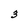
Character: 3